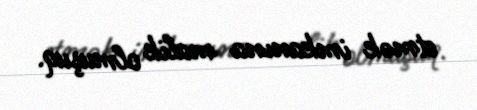
etmək imkanına malik olmuşuq.